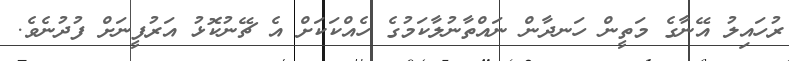
ރުހައިލު އޭނާގެ މަތީން ހަނދާން ނައްތާނުލާކަމުގެ ހެއްކަކަށް އެ ޗޭނުކޮޅު އަރުފީނަށް ފުދުނެވެ.